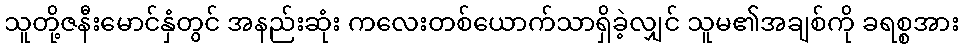
သူတို့ဇနီးမောင်နှံတွင် အနည်းဆုံး ကလေးတစ်ယောက်သာရှိခဲ့လျှင် သူမ၏အချစ်ကို ခရစ္စအား